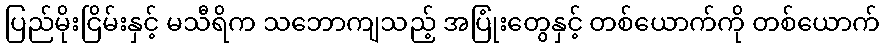
ပြည်မိုးငြိမ်းနှင့် မသီရိက သဘောကျသည့် အပြုံးတွေနှင့် တစ်ယောက်ကို တစ်ယောက်